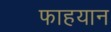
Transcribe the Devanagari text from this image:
फाहयान